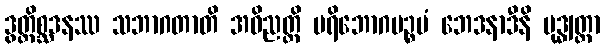
ဒွတ္တိစ္ဆဒနဿ သဘာဂတာတိ အဝိညတ္တိ ပရိဘောဂပဉ္စမံ ဘေဒနာဒီနိ ဗုဒ္ဓျတ္ထာ